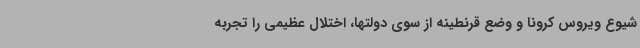
شیوع ویروس کرونا و وضع قرنطینه از سوی دولتها، اختلال عظیمی را تجربه